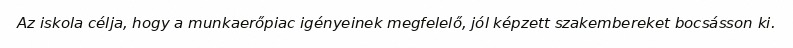
Az iskola célja, hogy a munkaerőpiac igényeinek megfelelő, jól képzett szakembereket bocsásson ki.